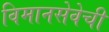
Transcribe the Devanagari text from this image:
विमानसेवेची